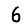
Digit: 6